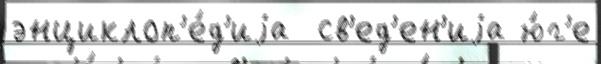
энциклоп'е́д'иjа  св'ед'ен'иjа ю́г'е